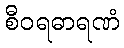
စီဝရဓာရဏံ